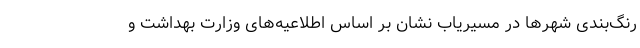
رنگ‌بندی شهرها در مسیریاب نشان بر اساس اطلاعیه‌های وزارت بهداشت و